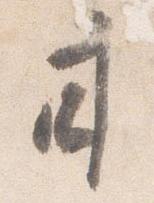
甘